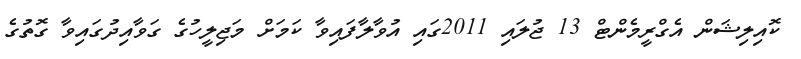
ކޮއިލިޝަން އެގްރީމެންޓް 13 ޖުލައި 2011ގައި އުވާލާފައިވާ ކަމަށް މަޖިލީހުގެ ގަވާއިދުގައިވާ ގޮތުގެ